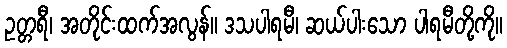
ဥတ္တရီ၊ အတိုင်းထက်အလွန်။ ဒသပါရမီ၊ ဆယ်ပါးသော ပါရမီတို့ကို။